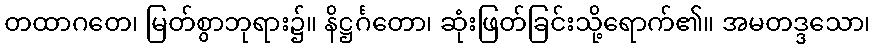
တထာဂတေ၊ မြတ်စွာဘုရား၌။ နိဋ္ဌင်္ဂတော၊ ဆုံးဖြတ်ခြင်းသို့ရောက်၏။ အမတဒ္ဒသော၊